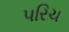
પરિચ